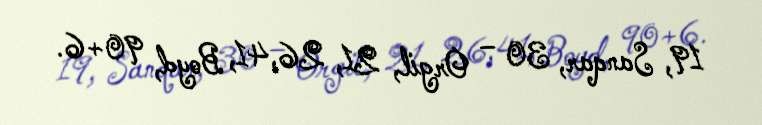
19, Sanqar, 30 – Orgil, 21, 26,41, Boyd, 90+6.